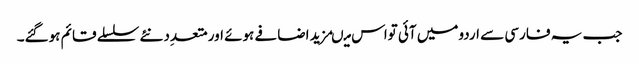
جب یہ فارسی سے اردومیں آئی تواس میںمزید اضافے ہوئے اورمتعدِد نئے سلسلے قائم ہوگئے۔